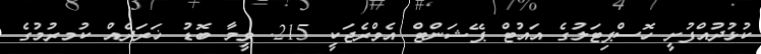
ކުޅުދުއްފުށީ ހޮސްޕިޓަލުގެ އައުޓް ޕޭޝަންޓް އެވްރެޖަކީ 215. ވީމާ ބޮޑު ޚަރަދެއް ކުމރުމުގެ